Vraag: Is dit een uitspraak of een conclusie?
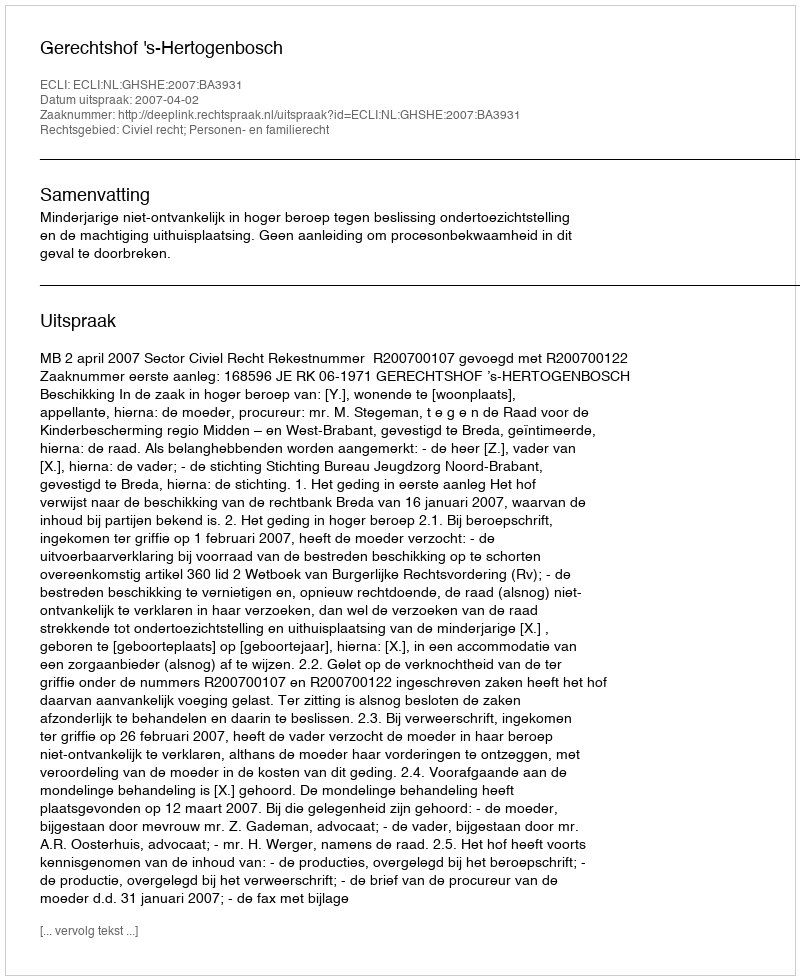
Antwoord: Uitspraak